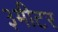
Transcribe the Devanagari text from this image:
३मीटर